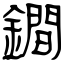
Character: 鐧